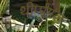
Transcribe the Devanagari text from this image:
थीर्प्पुगल